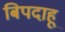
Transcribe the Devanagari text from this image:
बिपदाहू